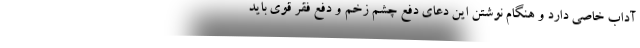
آداب خاصی دارد و هنگام نوشتن این دعای دفع چشم زخم و دفع فقر قوی باید